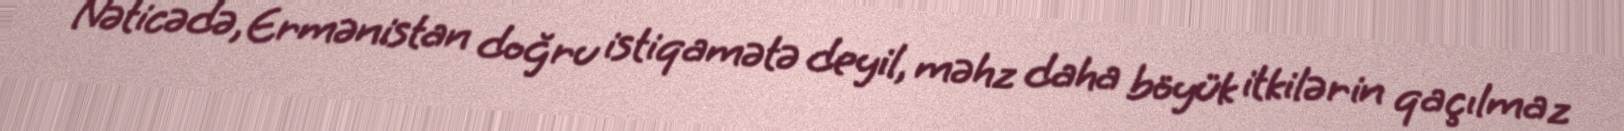
Nəticədə, Ermənistan doğru istiqamətə deyil, məhz daha böyük itkilərin qaçılmaz